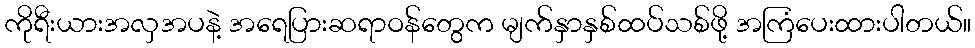
ကိုရီးယားအလှအပနဲ့ အရေပြားဆရာဝန်တွေက မျက်နှာနှစ်ထပ်သစ်ဖို့ အကြံပေးထားပါတယ်။